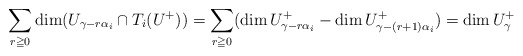
\begin{align*}\sum_{r\geqq0}\dim (U_{\gamma-r\alpha_i}\cap T_i(U^+))=\sum_{r\geqq0}(\dim U^+_{\gamma-r\alpha_i}-\dim U^+_{\gamma-(r+1)\alpha_i})=\dim U^+_\gamma\end{align*}